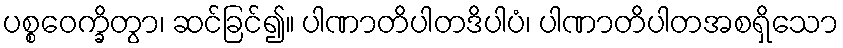
ပစ္စဝေက္ခိတွာ၊ ဆင်ခြင်၍။ ပါဏာတိပါတဒိပါပံ၊ ပါဏာတိပါတအစရှိသော